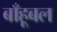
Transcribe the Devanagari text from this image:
बाँहूबल